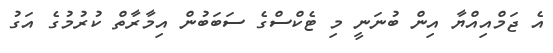
އެ ޖަމްއިއްޔާ އިން ބުނަނީ މި ޓެކްސްގެ ސަބަބުން އިމާރާތް ކުރުމުގެ އަގު